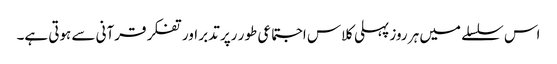
اس سلسلے میں ہر روز پہلی کلاس اجتماعی طور رپر تدبر اور تفکر قرآنی سے ہوتی ہے۔